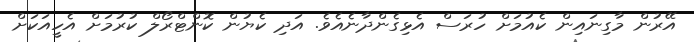
އޭރުން މާގިނައިން ކެއުމަށް ހުރަސް އެޅިގެންދާނެއެވެ. އަދި ކެޔުން ކޮންޓްރޯލް ކުރުމަށް އެހީއަކަށް